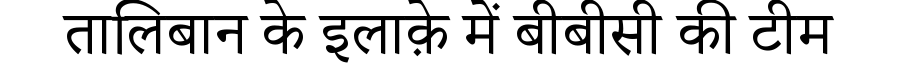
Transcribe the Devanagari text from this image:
तालिबान के इलाक़े में बीबीसी की टीम